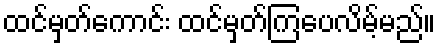
ထင်မှတ်ကောင်း ထင်မှတ်ကြပေလိမ့်မည်။